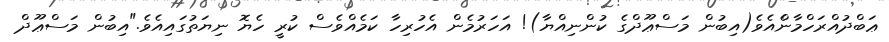
ޢަބްދުއްރަހްމާންެއެވެ(އިބުން މަސްޢޫދްގެ ކުންނިއްޔާ)! އަހަރުމެން އެހުރިހާ ކަމެއްވެސް ކުރީ ހެޔޮ ނިޔަތުގައިއެވެ."އިބުން މަސްޢޫދް